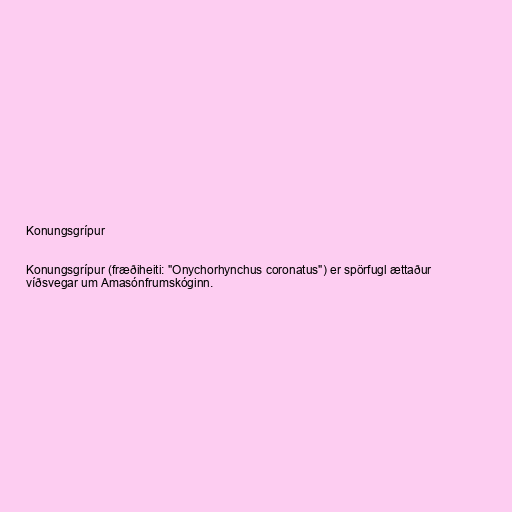
Konungsgrípur

Konungsgrípur (fræðiheiti: "Onychorhynchus coronatus") er spörfugl ættaður
víðsvegar um Amasónfrumskóginn.